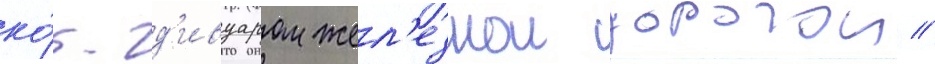
ко́т-д'ивуаром жел'езнои дорогои //